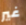
غير